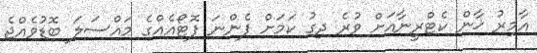
އާމިރު ޚާން ކެޓްރީނާއަށް ވުރެ ދިގު ކަމަށް ފެންނަ ފޮޓޯއެއްގެ މައްސަލަ ބޮޑުވެއްޖެ